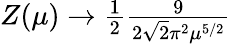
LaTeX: \begin{array}{r}{Z(\mu)\to\frac{1}{2}\frac{9}{2\sqrt{2}\pi^{2}\mu^{5/2}}}\end{array}